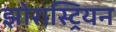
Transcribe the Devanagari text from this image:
झोरास्ट्रियन